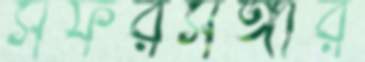
সফরসঙ্গীর